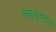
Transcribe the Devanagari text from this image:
लघुमुदतीचे